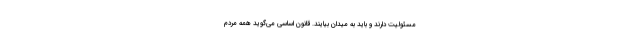
مسئولیت دارند و باید به میدان بیایند. قانون اساسی می‌گوید همه مردم